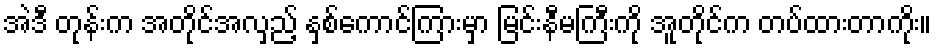
အဲဒီ တုန်းက အတိုင်အလှည့် နှစ်ကောင်ကြားမှာ မြင်းနီမကြီးကို အူတိုင်က တပ်ထားတာကိုး။